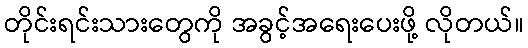
တိုင်းရင်းသားတွေကို အခွင့်အရေးပေးဖို့ လိုတယ်။